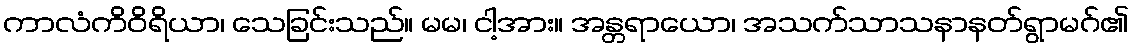
ကာလံကိဝိရိယာ၊ သေခြင်းသည်။ မမ၊ ငါ့အား။ အန္တရာယော၊ အသက်သာသနာနတ်ရွာမဂ်၏